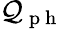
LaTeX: \mathcal{Q}_{\mathrm{{~p~h~}}}